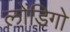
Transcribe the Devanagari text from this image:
लोंडिगो